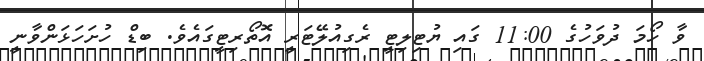
ވާ ހޯމަ ދުވަހުގެ 11:00 ގައި ޔުޓިލިޓީ ރެގިއުލޭޓަރީ އޮތޯރިޓީގައެވެ. ބިޑް ހުށަހަޅަންވާނީ